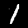
Label: 1